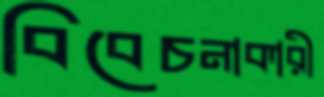
বিবেচনাকারী